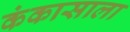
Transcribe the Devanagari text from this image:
कंकासाला